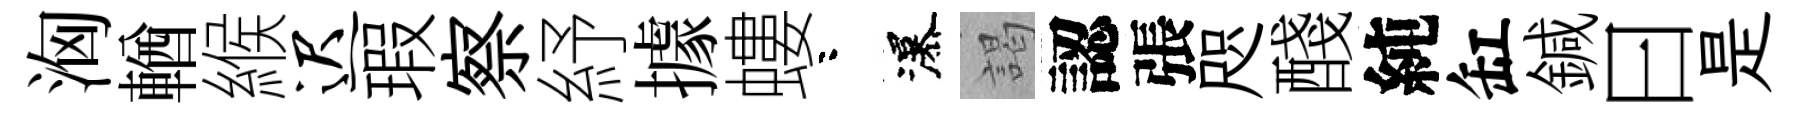
洶輶緱迟瑕察紓據螻咯瀑謁認張咫醆純缸鍼曰是